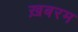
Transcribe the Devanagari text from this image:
ख़बरम